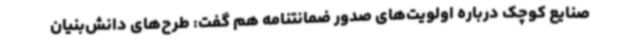
صنایع کوچک درباره اولویت‌های صدور ضمانتنامه هم گفت: طرح‌های دانش‌بنیان